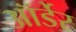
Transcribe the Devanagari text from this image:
ऑर्डेर